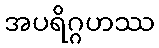
အပရိဂ္ဂဟဿ